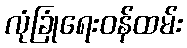
လုံခြုံရေးဝန်ထမ်း